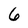
Character: 6